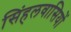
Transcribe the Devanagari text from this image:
सिंहलवासियों